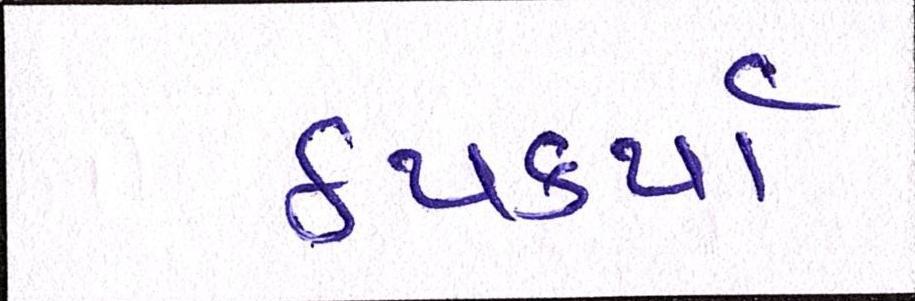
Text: ઠપકર્યા